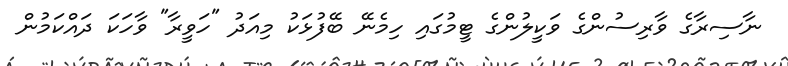
ނާސިރާގެ ވާރިސުންގެ ވަކީލުންގެ ޓީމުގައި ހިމެނޭ ބޭފުޅަކު މިއަދު "ހަވީރާ" ވާހަކަ ދައްކަމުން